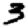
Digit: 3